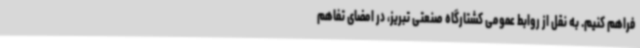
فراهم کنیم. به نقل از روابط عمومی کشتارگاه صنعتی تبریز، در امضای تفاهم